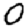
Digit: 0